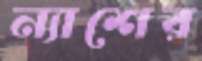
ন্যাশের